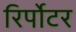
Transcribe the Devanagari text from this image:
रिर्पोटर